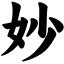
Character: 妙